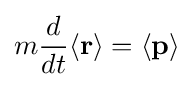
m{\frac {d}{dt}}\langle \mathbf {r} \rangle =\langle \mathbf {p} \rangle